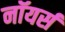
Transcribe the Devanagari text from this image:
नॉयर्स